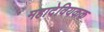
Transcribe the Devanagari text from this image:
महादेवियकक